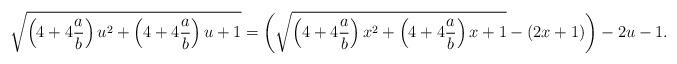
LaTeX: \begin{align*} \sqrt{\left( 4+4\frac{a}{b}\right)u^{2}+\left( 4+4\frac{a}{b}\right)u+1} = \left( \sqrt{\left( 4+4\frac{a}{b}\right)x^{2}+\left( 4+4\frac{a}{b}\right)x+1}-\left(2x+1\right)\right) -2u-1.\end{align*}